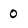
Character: 0